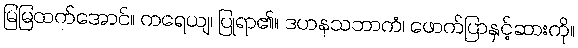
မြမြထက်အောင်။ ကရေယျ၊ ပြုရာ၏။ ဒဟနသဘာကံ၊ ဖောက်ပြာနှင့်ဆားကို။